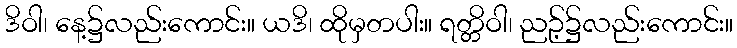
ဒိဝါ၊ နေ့၌လည်းကောင်း။ ယဒိ၊ ထိုမှတပါး။ ရတ္တိဝါ၊ ညဉ့်၌လည်းကောင်း။